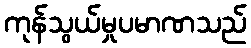
ကုန်သွယ်မှုပမာဏသည်